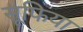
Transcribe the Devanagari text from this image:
सूफिया